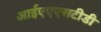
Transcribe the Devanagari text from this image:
आईएएएसटीडी